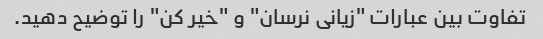
تفاوت بین عبارات "زیانی نرسان" و "خیر کن" را توضیح دهید.